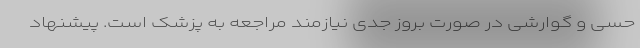
حسی و گوارشی در صورت بروز جدی نیازمند مراجعه به پزشک است. پیشنهاد